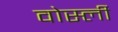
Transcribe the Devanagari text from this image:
वोर्स्ली